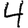
Digit: 4